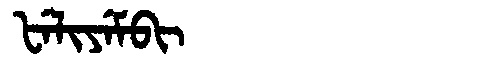
Manchu: ᡶᡝᠯᡳᠶᡝᠮᠪᡳ
Romanization: FELIYEMBI